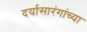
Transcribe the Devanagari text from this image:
दर्यासारंगांच्या